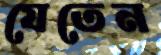
যেতেন